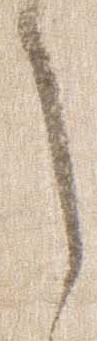
候